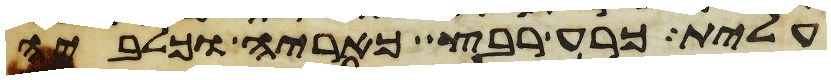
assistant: עלית כרע רבץ כאריה וכלביה